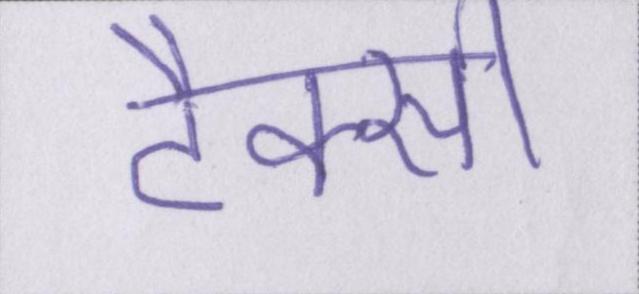
टैक्सी